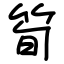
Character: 筍